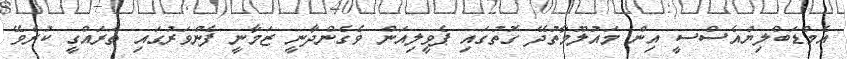
އެމްޑަބްލިޔުއެސްސީ އިން މައުލޫމާތުދޭ ގޮތުގައި ޕެވީލިއަން ވެގެންދާނީ ޒަމާނީ ފެންވަރުގައި ތަރައްގީ ކުރެވޭ